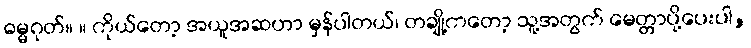
ဓမ္မဂုတ်။ ။ ကိုယ်တော့ အယူအဆဟာ မှန်ပါတယ်၊ တချို့ကတော့ သူ့အတွက် မေတ္တာပို့ပေးပါ,